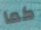
كما